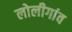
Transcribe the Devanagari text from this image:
लोलीगांव